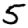
Digit: 5